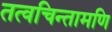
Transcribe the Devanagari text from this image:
तत्वचिन्तामणि